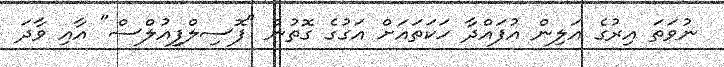
ނުވަތަ އިރުގެ އަލިން އުފައްދާ ހަކަތައަށް އަގުގެ ގޮތުން "ފޮސިލްފިއުލްސް" އާއި ވާދަ